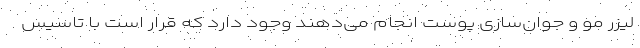
لیزر مو و جوان‌سازی پوست انجام می‌دهند وجود دارد که قرار است با تاسیس